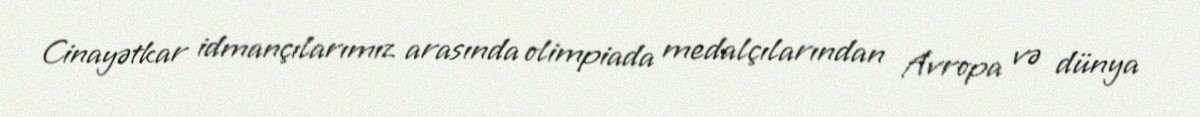
Cinayətkar idmançılarımız arasında olimpiada medalçılarından Avropa və dünya